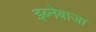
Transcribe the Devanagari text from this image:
इब्नेबाजा